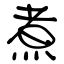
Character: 煮